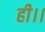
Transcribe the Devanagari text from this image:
ही।।